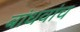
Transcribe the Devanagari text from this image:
बांधवांच